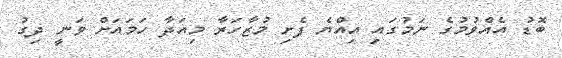
ބޮޑު އެއްވުމުގެ ނަމުގައި އިއްޔެ ފެށި މުޒާހަރާ މިއަދާ ހަމައަށް ވަނީ ދިގު